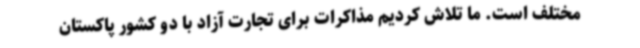
مختلف است. ما تلاش کردیم مذاکرات برای تجارت آزاد با دو کشور پاکستان